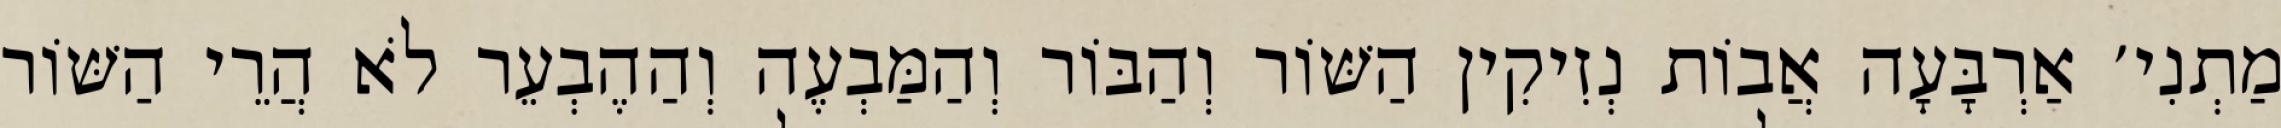
מַתְנִי׳ אַרְבָּעָה אֲבוֹת נְזִיקִין הַשּׁוֹר וְהַבּוֹר וְהַמַּבְעֶה וְהַהֶבְעֵר לֹא הֲרֵי הַשּׁוֹר